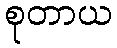
စုတာယ